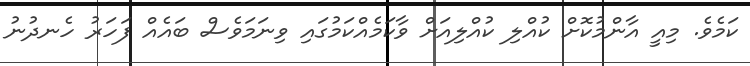
ކަމެވެ. މިއީ އާންމުކޮށް ކުއްލި ކުއްލިއަށް ވާކަމެއްކަމުގައި ވިނަމަވެސް ބައެއް ފަހަރު ހެނދުނު